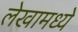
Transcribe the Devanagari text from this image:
लेखामध्येे